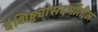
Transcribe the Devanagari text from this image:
वैशिष्ट्यांसंदर्भातील